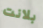
بلانت